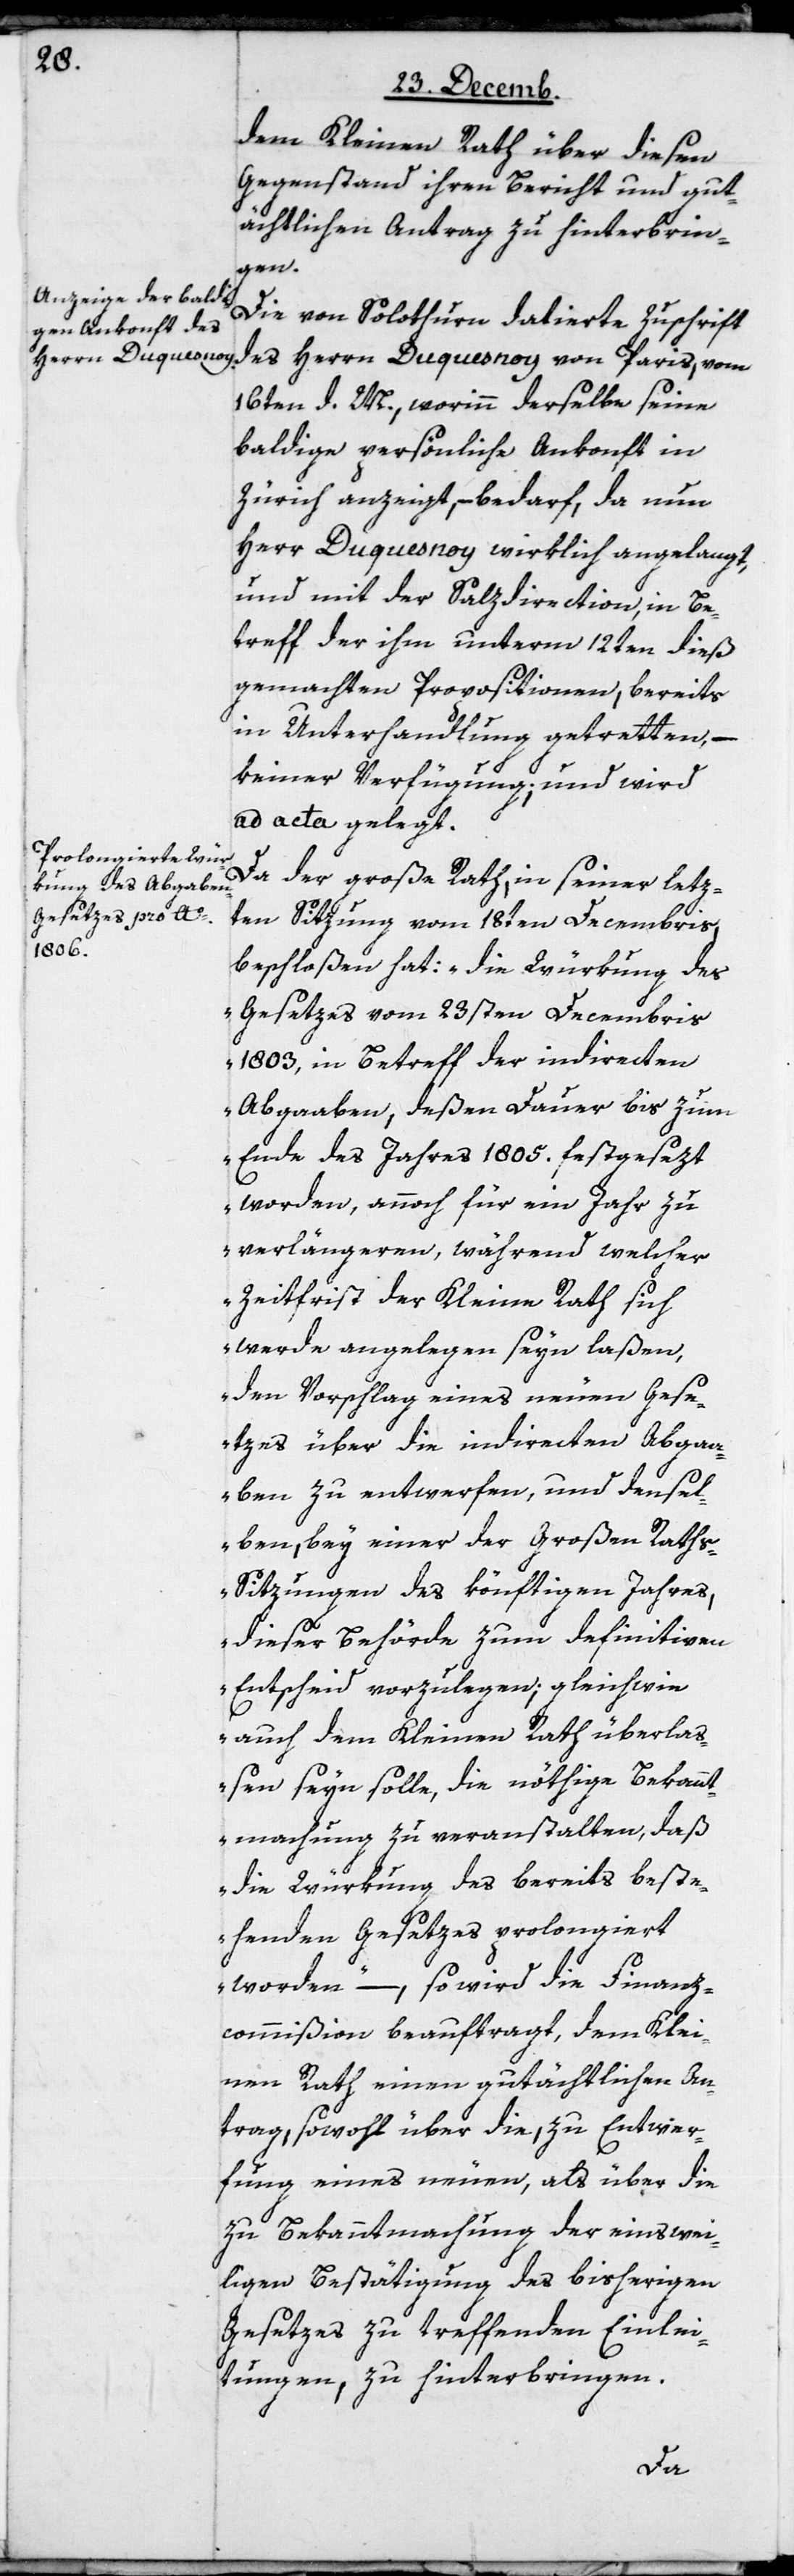
dem Kleinen Rath über diesen
Gegenstand ihren Bericht und gut¬
ächtlichen Antrag zu hinterbrin¬
gen.
Die von Solothurn datierte Zuschrift
des Herrn Duquesnoy von Paris, vom
16ten d. M., worinn derselbe seine
baldige persönliche Ankonft in
Zürich anzeigt, – bedarf, da nun
Herr Duquesnoy wirklich angelangt,
und mit der Salzdirection, in Be¬
treff der ihm unterm 12ten dieß
gemachten Propositionen, bereits
in Unterhandlung getretten, –
keiner Verfügung; und wird
ad acta gelegt.
Da der große Rath, in seiner letz¬
ten Sitzung vom 18ten Decembris,
beschloßen hat: „die Würkung des
Gesetzes vom 23sten Decembris
1803, in Betreff der indirecten
Abgaaben, deßen Dauer bis zum
Ende des Jahres 1805. festgesezt
worden, annoch für ein Jahr zu
verlängeren, während welcher
Zeitfrist der Kleine Rath sich
werde angelegen seyn laßen,
den Vorschlag eines neuen Gese¬
tzes über die indirecten Abgaa¬
ben zu entwerfen, und dense¬
lben bey einer der Großen Rath¬
s-Sitzungen des könftigen Jahres,
dieser Behörde zum definitiven
Entscheid vorzulegen; gleichwie
auch dem Kleinen Rath überlaß¬
en seyn solle, die nöthige Bekannt¬
machung zu veranstalten, daß
die Würkung des bereits beste¬
henden Gesetzes prolongiert
worden“, – so wird die Finanz¬
commißion beauftragt, dem Klei¬
nen Rath einen gutächtlichen An¬
trag, sowohl über die zu Entwer¬
fung eines neuen, als über die
zu Bekanntmachung der einswei¬
ligen Bestätigung des bisherigen
Gesetzes zu treffenden Einlei¬
tungen, zu hinterbringen.